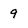
Character: 9